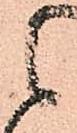
候